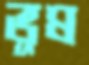
ভূষ